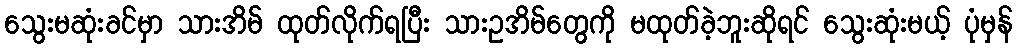
သွေးမဆုံးခင်မှာ သားအိမ် ထုတ်လိုက်ရပြီး သားဥအိမ်တွေကို မထုတ်ခဲ့ဘူးဆိုရင် သွေးဆုံးမယ့် ပုံမှန်